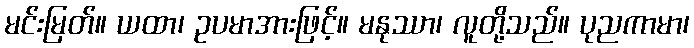
မင်းမြတ်။ ယထာ၊ ဥပမာအားဖြင့်။ မနုဿာ၊ လူတို့သည်။ ပုညကာမာ၊